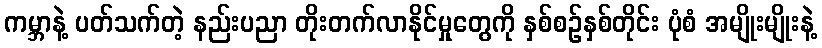
ကမ္ဘာနဲ့ ပတ်သက်တဲ့ နည်းပညာ တိုးတက်လာနိုင်မှုတွေကို နှစ်စဉ်နှစ်တိုင်း ပုံစံ အမျိုးမျိုးနဲ့